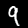
Label: 9